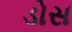
ડોસ